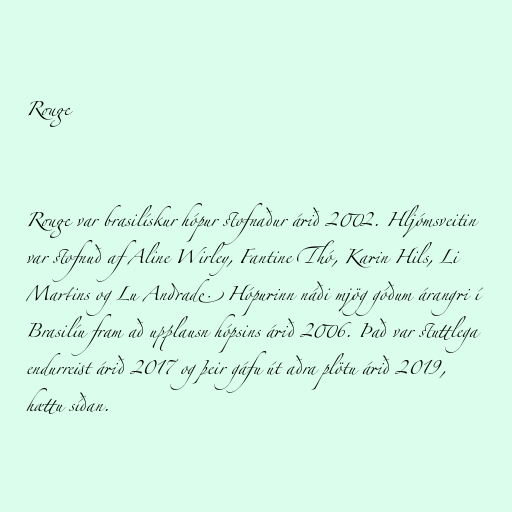
Rouge

Rouge var brasilískur hópur stofnaður árið 2002. Hljómsveitin
var stofnuð af Aline Wirley, Fantine Thó, Karin Hils, Li
Martins og Lu Andrade. Hópurinn náði mjög góðum árangri í
Brasilíu fram að upplausn hópsins árið 2006. Það var stuttlega
endurreist árið 2017 og þeir gáfu út aðra plötu árið 2019,
hættu síðan.